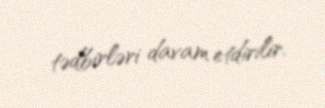
tədbirləri davam etdirilir.